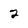
Character: 2